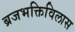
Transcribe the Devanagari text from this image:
ब्रजभक्तिविलास